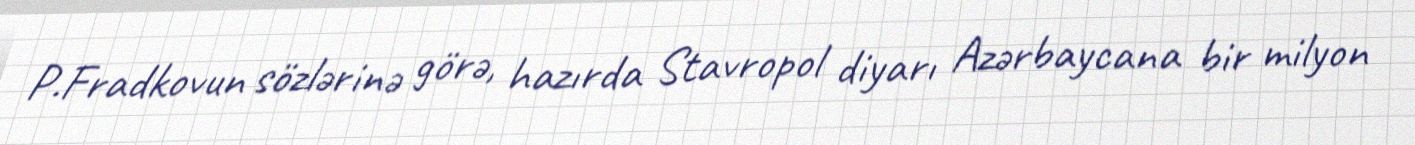
P.Fradkovun sözlərinə görə, hazırda Stavropol diyarı Azərbaycana bir milyon